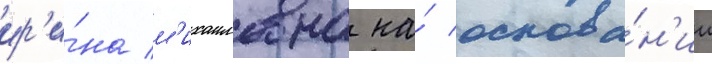
ир'и́на м'ихаиловна на́ основа́н'ии